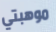
موهبتي